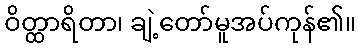
ဝိတ္ထာရိတာ၊ ချဲ့တော်မူအပ်ကုန်၏။